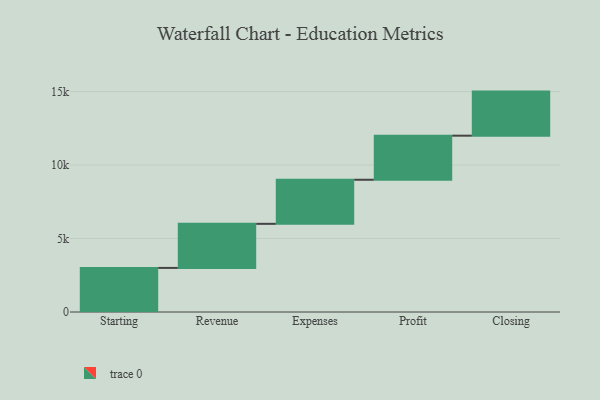
{"axis": {"x": "Step", "y": "Value"}, "legend": [""], "data": [{"x": "Starting", "y": 3000, "type": ""}, {"x": "Revenue", "y": 3000, "type": ""}, {"x": "Expenses", "y": 3000, "type": ""}, {"x": "Profit", "y": 3000, "type": ""}, {"x": "Closing", "y": 3000, "type": ""}]}